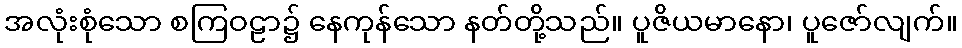
အလုံးစုံသော စကြဝဠာ၌ နေကုန်သော နတ်တို့သည်။ ပူဇိယမာနော၊ ပူဇော်လျက်။